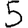
Digit: 5